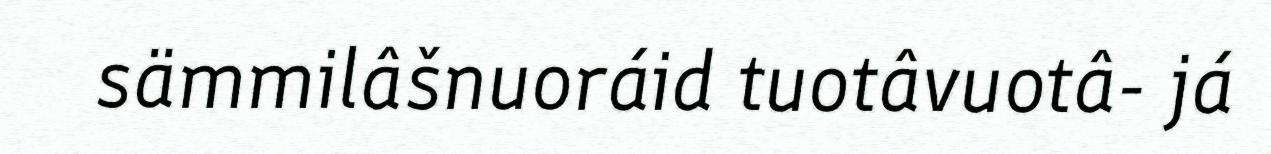
sämmilâšnuoráid tuotâvuotâ- já